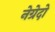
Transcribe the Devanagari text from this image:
नेग्रेदो